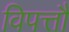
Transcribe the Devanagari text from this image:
विपत्तौ